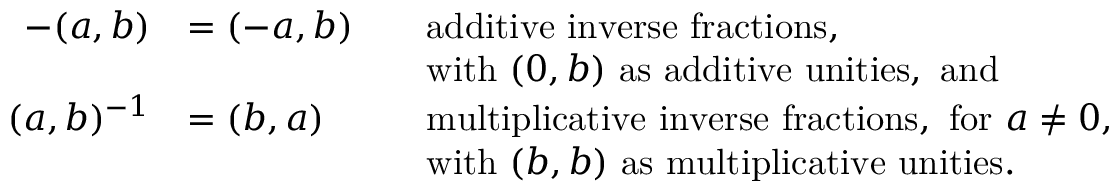
{ \begin{array} { r l r l } { - ( a , b ) } & { = ( - a , b ) } & & { { \mathrm { a d d i t i v e ~ i n v e r s e ~ f r a c t i o n s , } } } \\ & { } & & { { \mathrm { w i t h ~ } } ( 0 , b ) { \mathrm { ~ a s ~ a d d i t i v e ~ u n i t i e s , ~ a n d } } } \\ { ( a , b ) ^ { - 1 } } & { = ( b , a ) } & & { { \mathrm { m u l t i p l i c a t i v e ~ i n v e r s e ~ f r a c t i o n s , ~ f o r ~ } } a \neq 0 , } \\ & { } & & { { \mathrm { w i t h ~ } } ( b , b ) { \mathrm { ~ a s ~ m u l t i p l i c a t i v e ~ u n i t i e s } } . } \end{array} }